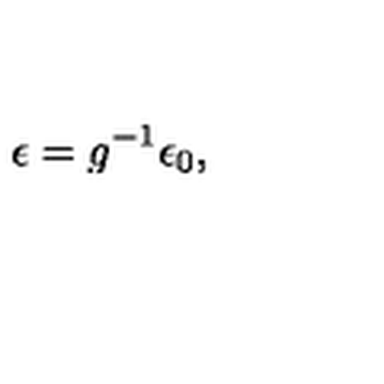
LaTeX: \epsilon = g ^ { - 1 } \epsilon _ { 0 } ,